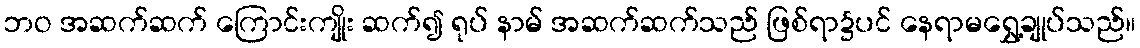
ဘဝ အဆက်ဆက် ကြောင်းကျိုး ဆက်၍ ရုပ် နာမ် အဆက်ဆက်သည် ဖြစ်ရာ၌ပင် နေရာမရွှေ့ချုပ်သည်။